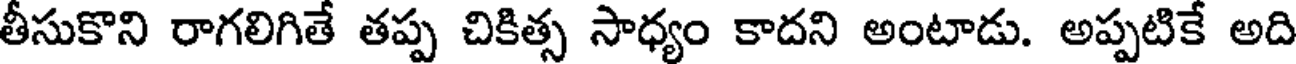
తీసుకొని రాగలిగితే తప్ప చికిత్స సాధ్యం కాదని అంటాడు. అప్పటికే అది